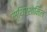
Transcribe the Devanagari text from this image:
स्थिरशामिल